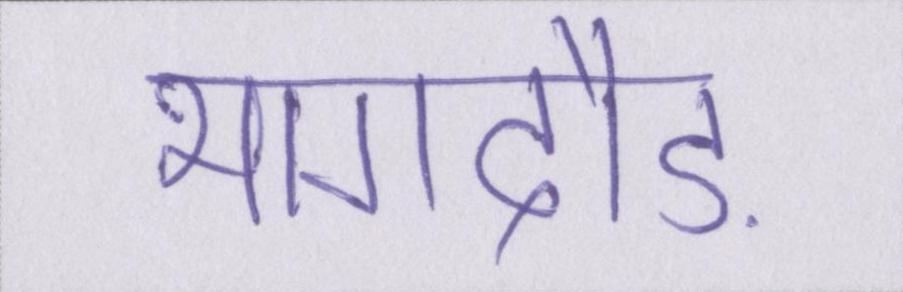
भागदौड़